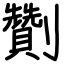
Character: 劗